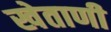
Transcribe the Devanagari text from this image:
खेताणी